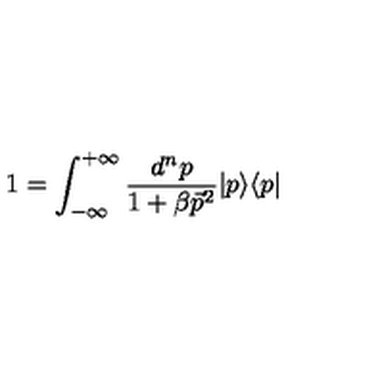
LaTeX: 1 = { \int _ { - \infty } ^ { + \infty } \frac { d ^ { n } p } { 1 + \beta \vec { p } ^ { 2 } } } \vert p \rangle \langle p \vert